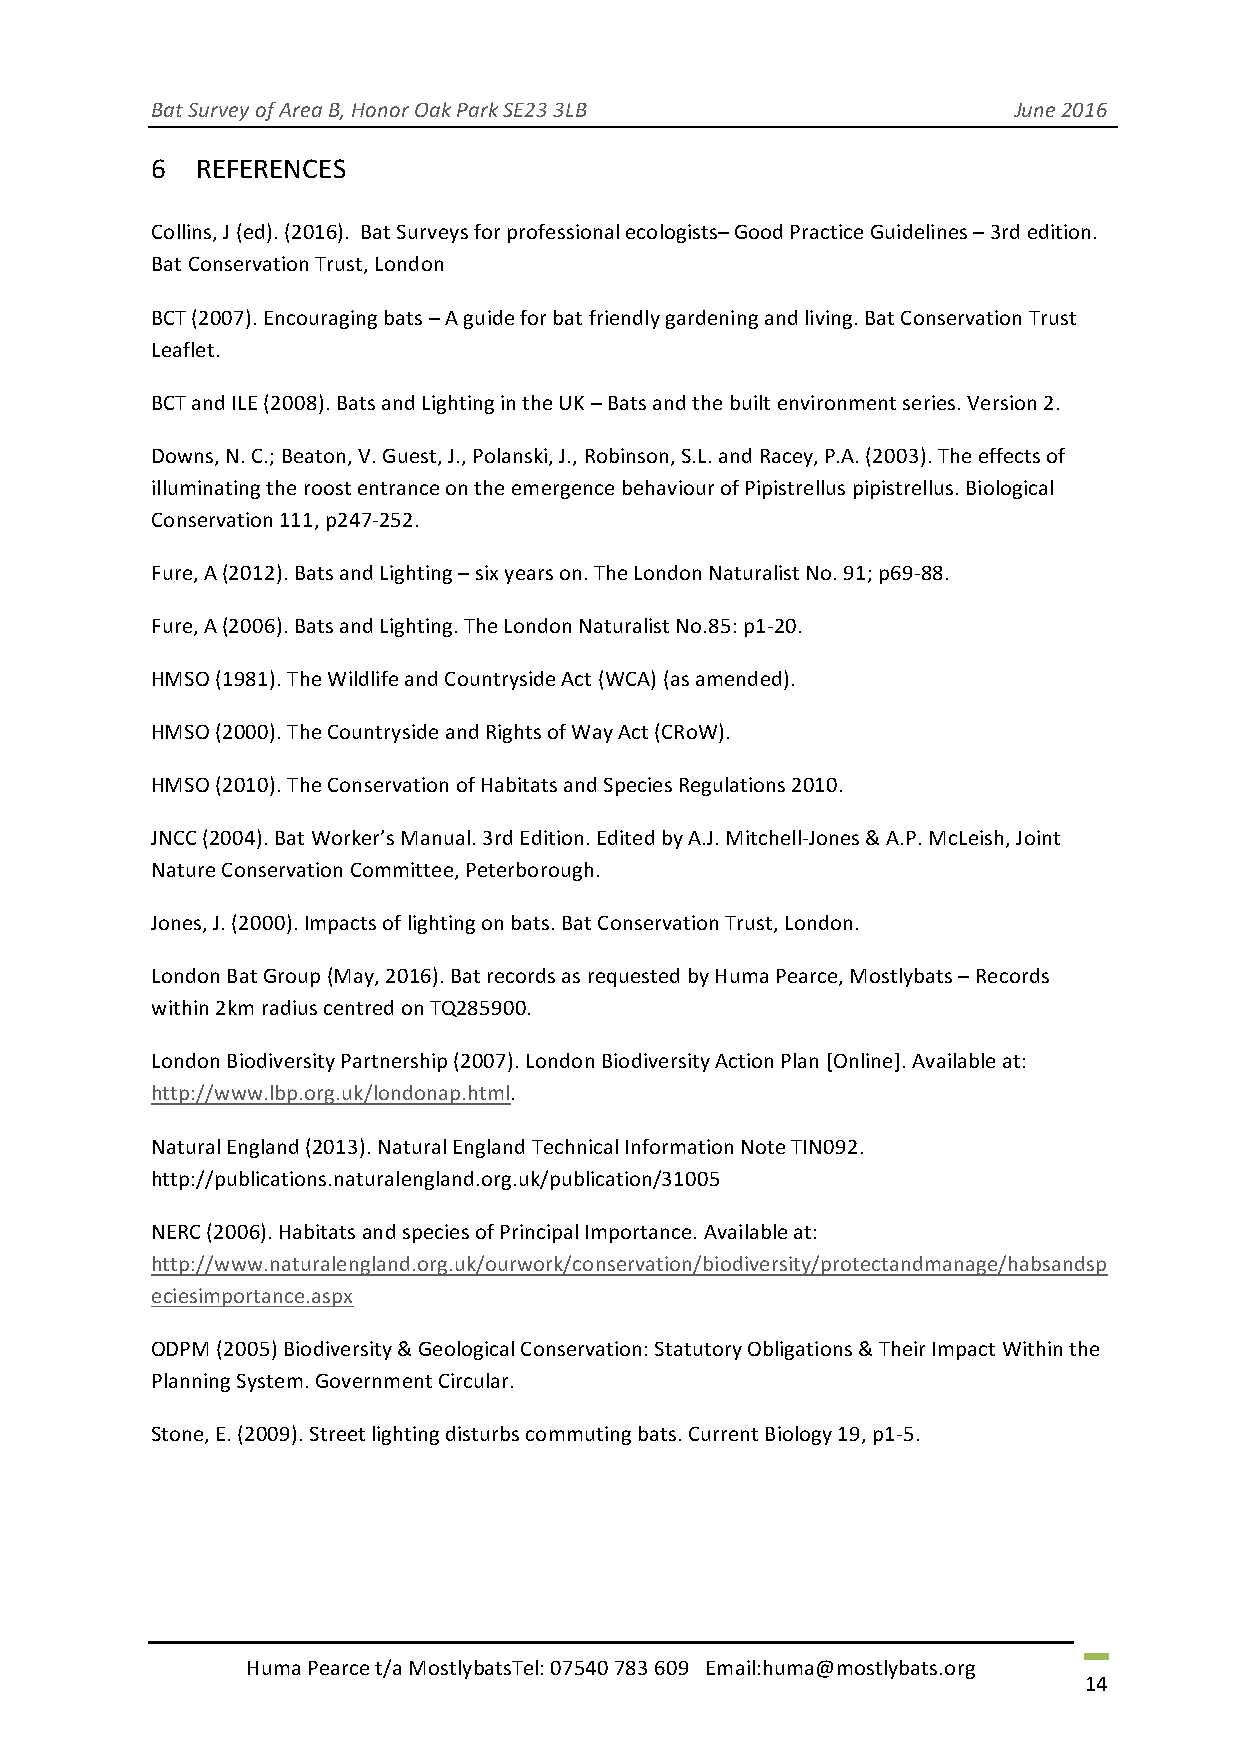
Bat Survey of Area B, Honor Oak Park SE23 3LB            June 2016
 6  REFERENCES
 Collins, J (ed). (2016). Bat Surveys for professional ecologists– Good Practice Guidelines – 3rd edition.
 Bat Conservation Trust, London
 BCT (2007). Encouraging bats – A guide for bat friendly gardening and living. Bat Conservation Trust
 Leaflet.
 BCT and ILE (2008). Bats and Lighting in the UK – Bats and the built environment series. Version 2.
 Downs, N. C.; Beaton, V. Guest, J., Polanski, J., Robinson, S.L. and Racey, P.A. (2003). The effects of
 illuminating the roost entrance on the emergence behaviour of Pipistrellus pipistrellus. Biological
 Conservation 111, p247-252.
 Fure, A (2012). Bats and Lighting – six years on. The London Naturalist No. 91; p69-88.
 Fure, A (2006). Bats and Lighting. The London Naturalist No.85: p1-20.
 HMSO (1981). The Wildlife and Countryside Act (WCA) (as amended).
 HMSO (2000). The Countryside and Rights of Way Act (CRoW).
 HMSO (2010). The Conservation of Habitats and Species Regulations 2010.
 JNCC (2004). Bat Worker’s Manual. 3rd Edition. Edited by A.J. Mitchell-Jones & A.P. McLeish, Joint
 Nature Conservation Committee, Peterborough.
 Jones, J. (2000). Impacts of lighting on bats. Bat Conservation Trust, London.
 London Bat Group (May, 2016). Bat records as requested by Huma Pearce, Mostlybats – Records
 within 2km radius centred on TQ285900.
 London Biodiversity Partnership (2007). London Biodiversity Action Plan [Online]. Available at:
 http://www.lbp.org.uk/londonap.html.
 Natural England (2013). Natural England Technical Information Note TIN092.
 http://publications.naturalengland.org.uk/publication/31005
 NERC (2006). Habitats and species of Principal Importance. Available at:
 http://www.naturalengland.org.uk/ourwork/conservation/biodiversity/protectandmanage/habsandsp
 eciesimportance.aspx
 ODPM (2005) Biodiversity & Geological Conservation: Statutory Obligations & Their Impact Within the
 Planning System. Government Circular.
 Stone, E. (2009). Street lighting disturbs commuting bats. Current Biology 19, p1-5.
 Huma Pearce t/a MostlybatsTel: 07540 783 609 Email:huma@mostlybats.org
 14